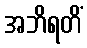
အဘိရတိံ